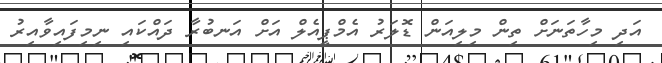
އަދި މިހާތަނަށް ތިން މިލިއަން ޑޮލަރު އެމްޕީއެލް އަށް އަނބުރާ ދައްކައި ނިމިފައިވާއިރު